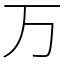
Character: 万